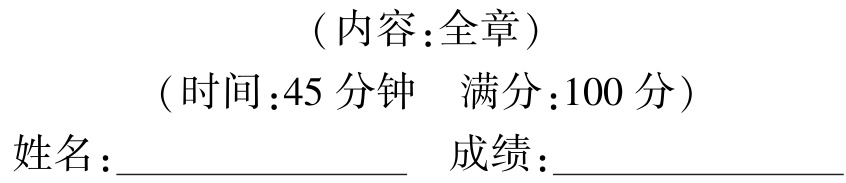
（内容：全章）

（时间：45 分钟  满分：100 分）

姓名：________________ 成绩：________________